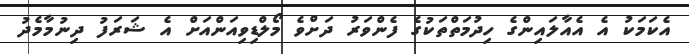
އެކަމަކު އެ އެއާލައިންގެ ހިދުމަތްތަކުގެ ފެންވަރު ދަށްވެ މޯލްޑިވިއަންއަށް އެ ޝަރަފު ދިނުމާމެދު